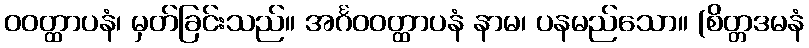
ဝဝတ္ထာပနံ၊ မှတ်ခြင်းသည်။ အင်္ဂဝဝတ္ထာပနံ နာမ၊ ပနမည်သော။ (စိတ္တဒမနံ